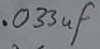
Text: .033µF